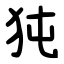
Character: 㹠